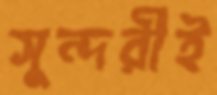
সুন্দরীই